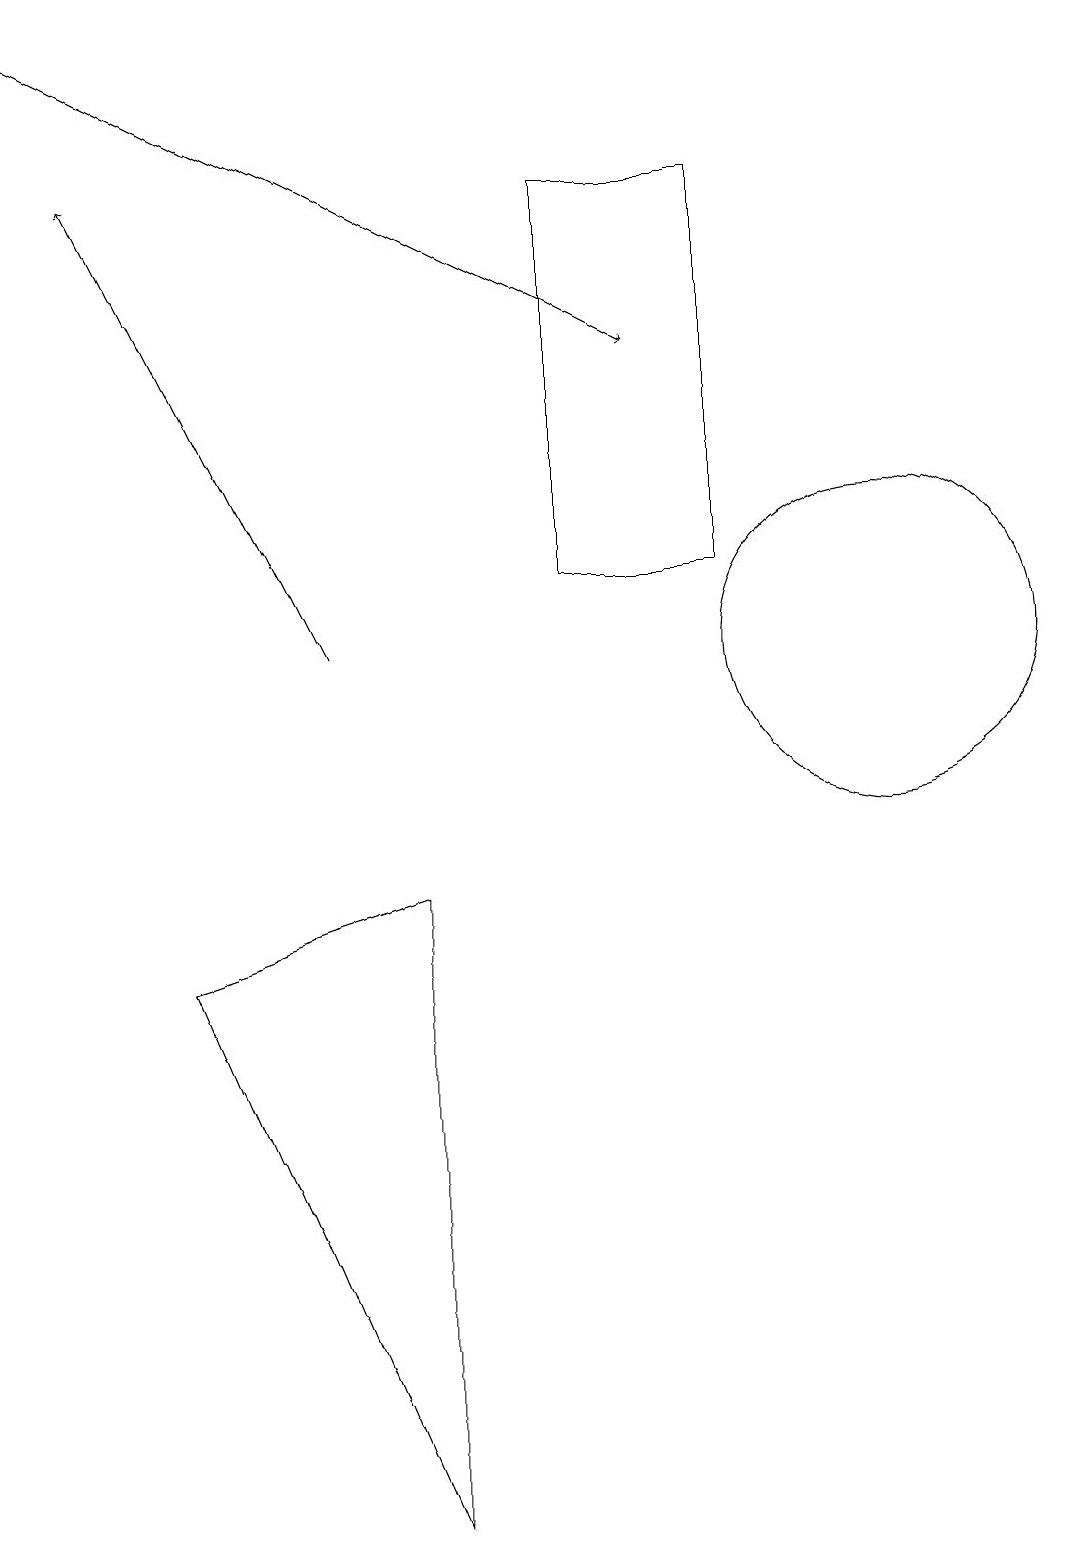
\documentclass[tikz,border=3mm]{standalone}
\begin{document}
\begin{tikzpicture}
\draw[->] (0,19) -- (8,15);
\draw (5,8) -- (5,0) -- (2,7) -- cycle;
\draw (9,12) rectangle (7,17);
\draw[->] (4,11) -- (1,17);
\draw (11,11) circle (2);
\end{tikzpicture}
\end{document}